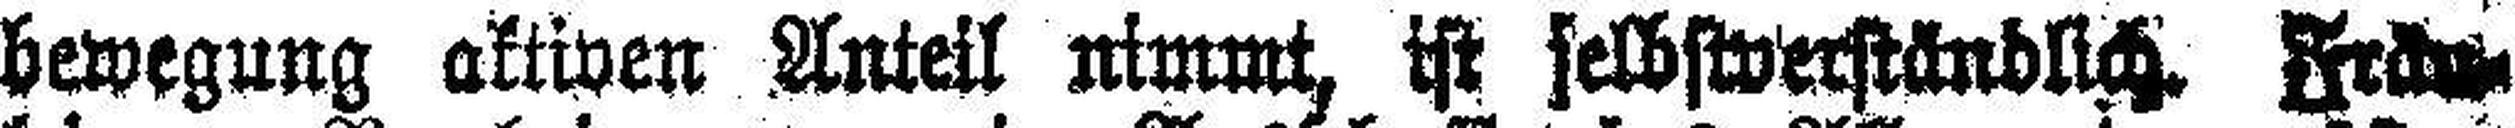
bewegung aktiven Anteil nimmt, ist selbstverständlich. Fräu¬